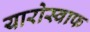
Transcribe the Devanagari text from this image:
यारोस्वाफ